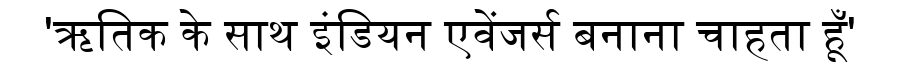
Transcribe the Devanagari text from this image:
'ऋतिक के साथ इंडियन एवेंजर्स बनाना चाहता हूँ'